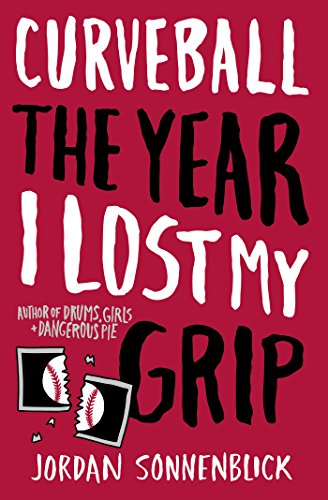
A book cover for Curveball: The Year I Lost My Grip; Jordan Sonnenblick; Teen & Young Adult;